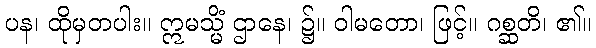
ပန၊ ထိုမှတပါး။ ဣမသ္မိံ ဌာနေ၊ ၌။ ဝါမတော၊ ဖြင့်။ ဂစ္ဆတိ၊ ၏။